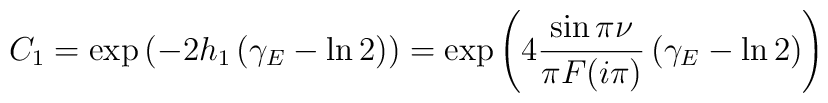
C_{1}=\exp\left(  -2h_{1}\left(  \gamma_{E}-\ln2\right)  \right)  =\exp\left(4\frac{\sin\pi\nu}{\pi F(i\pi)}\left(  \gamma_{E}-\ln2\right)  \right)